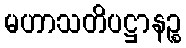
မဟာသတိပဋ္ဌာနဉ္စ